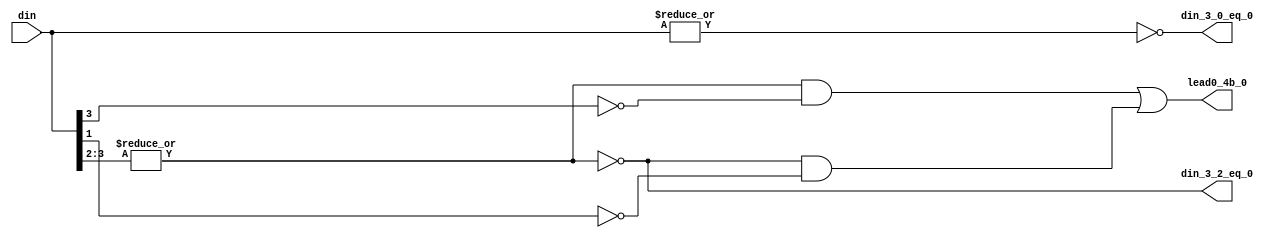
// Modified by Princeton University on June 9th, 2015
// ========== Copyright Header Begin ==========================================
// 
// OpenSPARC T1 Processor File: fpu_cnt_lead0_lvl1.v
// Copyright (c) 2006 Sun Microsystems, Inc.  All Rights Reserved.
// DO NOT ALTER OR REMOVE COPYRIGHT NOTICES.
// 
// The above named program is free software; you can redistribute it and/or
// modify it under the terms of the GNU General Public
// License version 2 as published by the Free Software Foundation.
// 
// The above named program is distributed in the hope that it will be 
// useful, but WITHOUT ANY WARRANTY; without even the implied warranty of
// MERCHANTABILITY or FITNESS FOR A PARTICULAR PURPOSE.  See the GNU
// General Public License for more details.
// 
// You should have received a copy of the GNU General Public
// License along with this work; if not, write to the Free Software
// Foundation, Inc., 51 Franklin St, Fifth Floor, Boston, MA 02110-1301, USA.
// 
// ========== Copyright Header End ============================================
///////////////////////////////////////////////////////////////////////////////
//
//      Lowest level of lead 0 counters.  Lead 0 count for 4 bits.
//
///////////////////////////////////////////////////////////////////////////////

module fpu_cnt_lead0_lvl1 (
	din,

	din_3_0_eq_0,
	din_3_2_eq_0,
	lead0_4b_0
);


input [3:0]	din;			// data for lead 0 count bits[3:0]

output		din_3_0_eq_0;		// data in[3:0] is zero
output		din_3_2_eq_0;		// data in[3:2] is zero
output		lead0_4b_0;		// bit[0] of lead 0 count


wire		din_3_0_eq_0;
wire		din_3_2_eq_0;
wire		lead0_4b_0;


assign din_3_0_eq_0= (!(|din[3:0]));

assign din_3_2_eq_0= (!(|din[3:2]));

assign lead0_4b_0= ((!din_3_2_eq_0) && (!din[3]))
		|| (din_3_2_eq_0 && (!din[1]));

endmodule